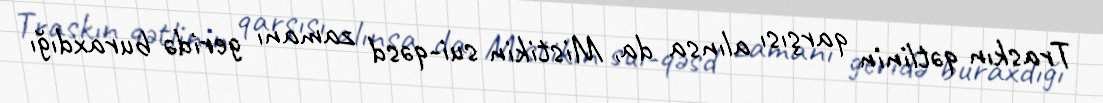
Traskın qətlinin qarşısı alınsa da, Mistikin sui-qəsd zamanı geridə buraxdığı